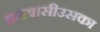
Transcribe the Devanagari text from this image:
ब्रजवासीउसका